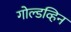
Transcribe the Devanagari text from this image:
गोल्डव्हिन